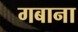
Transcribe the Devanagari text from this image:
गबाना